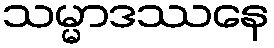
သမ္မာဒဿနေ